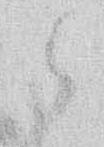
候